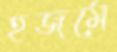
হজমে